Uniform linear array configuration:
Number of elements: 16
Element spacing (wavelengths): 0.75
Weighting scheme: binomial
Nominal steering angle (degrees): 15
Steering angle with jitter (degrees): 16.333
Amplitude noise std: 0.05
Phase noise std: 0.05

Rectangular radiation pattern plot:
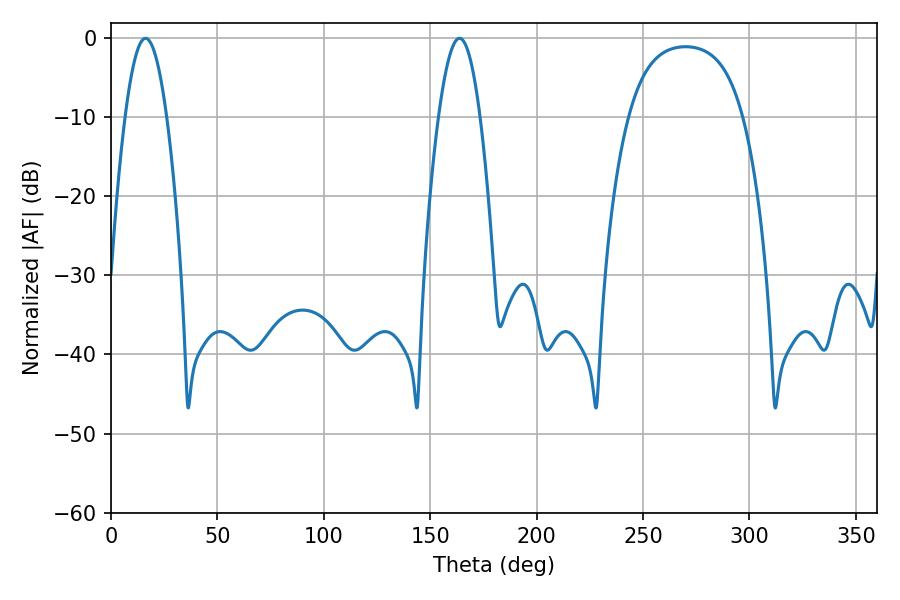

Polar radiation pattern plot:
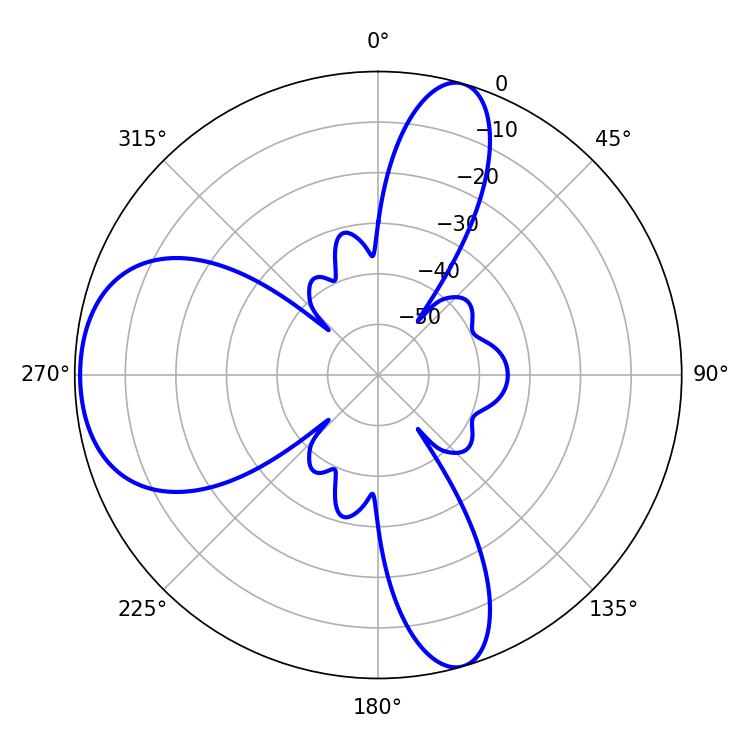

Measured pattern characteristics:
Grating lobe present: TRUE
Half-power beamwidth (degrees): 10.62
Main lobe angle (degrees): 163.8